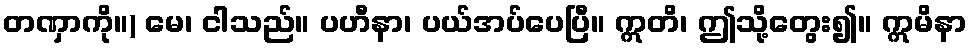
တဏှာကို။) မေ၊ ငါသည်။ ပဟီနာ၊ ပယ်အပ်ပေပြီ။ ဣတိ၊ ဤသို့တွေး၍။ ဣမိနာ